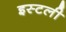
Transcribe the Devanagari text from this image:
इस्टली